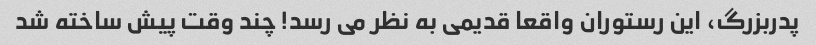
پدربزرگ، این رستوران واقعا قدیمی به نظر می رسد! چند وقت پیش ساخته شد